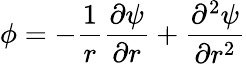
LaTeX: \phi=-\frac{1}{r}\frac{\partial\psi}{\partial r}+\frac{\partial^{2}\psi}{\partial r^{2}}